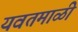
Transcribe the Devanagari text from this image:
यवतमाळी